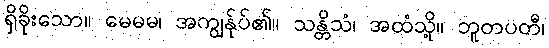
ရှိခိုးသော။ မေမမ၊ အကျွန်ုပ်၏။ သန္တိသံ၊ အထံသို့။ ဘူတပတီ၊